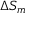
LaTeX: \Delta S _ { m }